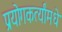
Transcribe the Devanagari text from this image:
प्रयोगकर्त्यांमधे